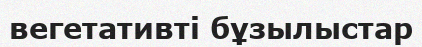
вегетативті бұзылыстар